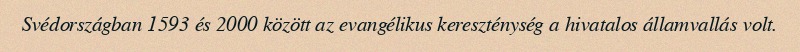
Svédországban 1593 és 2000 között az evangélikus kereszténység a hivatalos államvallás volt.